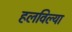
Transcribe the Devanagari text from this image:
हलविल्या